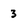
Character: 3